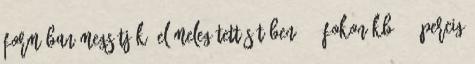
formában megsütjük. Előmelegített sütőben 200 fokon kb. 15 percig